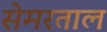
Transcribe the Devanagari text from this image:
सेमरताल